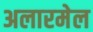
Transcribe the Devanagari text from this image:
अलारमेल